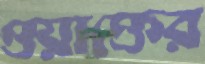
ওয়াক্তের